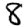
Digit: 8